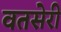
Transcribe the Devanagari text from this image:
वतसेरी